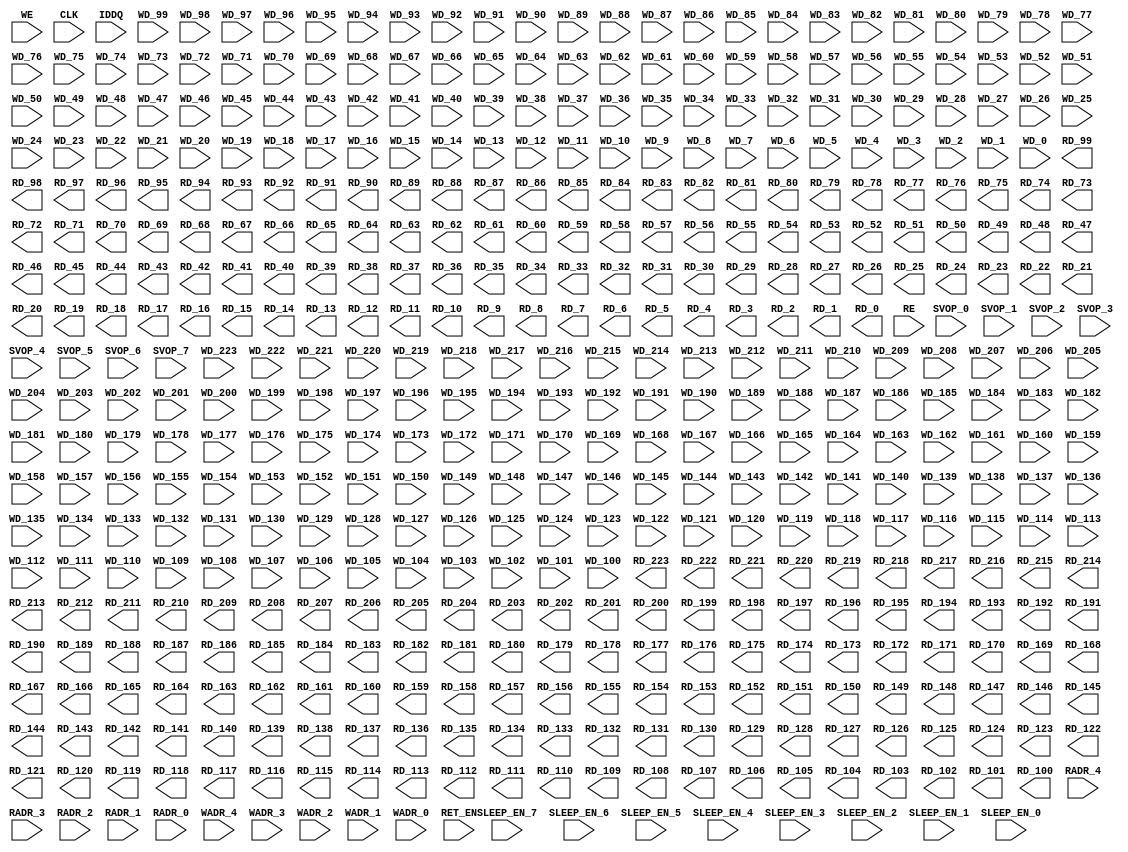
// ================================================================
// NVDLA Open Source Project
//
// Copyright(c) 2016 - 2017 NVIDIA Corporation. Licensed under the
// NVDLA Open Hardware License; Check "LICENSE" which comes with
// this distribution for more information.
// ================================================================
`celldefine
module RAMPDP_32X224_GL_M1_D2 ( WE, CLK, IDDQ, SVOP_0, SVOP_1, SVOP_2, SVOP_3, SVOP_4, SVOP_5, SVOP_6, SVOP_7
,WD_223, WD_222, WD_221, WD_220, WD_219, WD_218, WD_217, WD_216, WD_215, WD_214, WD_213, WD_212, WD_211, WD_210, WD_209, WD_208, WD_207, WD_206, WD_205, WD_204, WD_203, WD_202, WD_201, WD_200, WD_199, WD_198, WD_197, WD_196, WD_195, WD_194, WD_193, WD_192, WD_191, WD_190, WD_189, WD_188, WD_187, WD_186, WD_185, WD_184, WD_183, WD_182, WD_181, WD_180, WD_179, WD_178, WD_177, WD_176, WD_175, WD_174, WD_173, WD_172, WD_171, WD_170, WD_169, WD_168, WD_167, WD_166, WD_165, WD_164, WD_163, WD_162, WD_161, WD_160, WD_159, WD_158, WD_157, WD_156, WD_155, WD_154, WD_153, WD_152, WD_151, WD_150, WD_149, WD_148, WD_147, WD_146, WD_145, WD_144, WD_143, WD_142, WD_141, WD_140, WD_139, WD_138, WD_137, WD_136, WD_135, WD_134, WD_133, WD_132, WD_131, WD_130, WD_129, WD_128, WD_127, WD_126, WD_125, WD_124, WD_123, WD_122, WD_121, WD_120, WD_119, WD_118, WD_117, WD_116, WD_115, WD_114, WD_113, WD_112, WD_111, WD_110, WD_109, WD_108, WD_107, WD_106, WD_105, WD_104, WD_103, WD_102, WD_101, WD_100, WD_99, WD_98, WD_97, WD_96, WD_95, WD_94, WD_93, WD_92, WD_91, WD_90, WD_89, WD_88, WD_87, WD_86, WD_85, WD_84, WD_83, WD_82, WD_81, WD_80, WD_79, WD_78, WD_77, WD_76, WD_75, WD_74, WD_73, WD_72, WD_71, WD_70, WD_69, WD_68, WD_67, WD_66, WD_65, WD_64, WD_63, WD_62, WD_61, WD_60, WD_59, WD_58, WD_57, WD_56, WD_55, WD_54, WD_53, WD_52, WD_51, WD_50, WD_49, WD_48, WD_47, WD_46, WD_45, WD_44, WD_43, WD_42, WD_41, WD_40, WD_39, WD_38, WD_37, WD_36, WD_35, WD_34, WD_33, WD_32, WD_31, WD_30, WD_29, WD_28, WD_27, WD_26, WD_25, WD_24, WD_23, WD_22, WD_21, WD_20, WD_19, WD_18, WD_17, WD_16, WD_15, WD_14, WD_13, WD_12, WD_11, WD_10, WD_9, WD_8, WD_7, WD_6, WD_5, WD_4, WD_3, WD_2, WD_1, WD_0,RD_223, RD_222, RD_221, RD_220, RD_219, RD_218, RD_217, RD_216, RD_215, RD_214, RD_213, RD_212, RD_211, RD_210, RD_209, RD_208, RD_207, RD_206, RD_205, RD_204, RD_203, RD_202, RD_201, RD_200, RD_199, RD_198, RD_197, RD_196, RD_195, RD_194, RD_193, RD_192, RD_191, RD_190, RD_189, RD_188, RD_187, RD_186, RD_185, RD_184, RD_183, RD_182, RD_181, RD_180, RD_179, RD_178, RD_177, RD_176, RD_175, RD_174, RD_173, RD_172, RD_171, RD_170, RD_169, RD_168, RD_167, RD_166, RD_165, RD_164, RD_163, RD_162, RD_161, RD_160, RD_159, RD_158, RD_157, RD_156, RD_155, RD_154, RD_153, RD_152, RD_151, RD_150, RD_149, RD_148, RD_147, RD_146, RD_145, RD_144, RD_143, RD_142, RD_141, RD_140, RD_139, RD_138, RD_137, RD_136, RD_135, RD_134, RD_133, RD_132, RD_131, RD_130, RD_129, RD_128, RD_127, RD_126, RD_125, RD_124, RD_123, RD_122, RD_121, RD_120, RD_119, RD_118, RD_117, RD_116, RD_115, RD_114, RD_113, RD_112, RD_111, RD_110, RD_109, RD_108, RD_107, RD_106, RD_105, RD_104, RD_103, RD_102, RD_101, RD_100, RD_99, RD_98, RD_97, RD_96, RD_95, RD_94, RD_93, RD_92, RD_91, RD_90, RD_89, RD_88, RD_87, RD_86, RD_85, RD_84, RD_83, RD_82, RD_81, RD_80, RD_79, RD_78, RD_77, RD_76, RD_75, RD_74, RD_73, RD_72, RD_71, RD_70, RD_69, RD_68, RD_67, RD_66, RD_65, RD_64, RD_63, RD_62, RD_61, RD_60, RD_59, RD_58, RD_57, RD_56, RD_55, RD_54, RD_53, RD_52, RD_51, RD_50, RD_49, RD_48, RD_47, RD_46, RD_45, RD_44, RD_43, RD_42, RD_41, RD_40, RD_39, RD_38, RD_37, RD_36, RD_35, RD_34, RD_33, RD_32, RD_31, RD_30, RD_29, RD_28, RD_27, RD_26, RD_25, RD_24, RD_23, RD_22, RD_21, RD_20, RD_19, RD_18, RD_17, RD_16, RD_15, RD_14, RD_13, RD_12, RD_11, RD_10, RD_9, RD_8, RD_7, RD_6, RD_5, RD_4, RD_3, RD_2, RD_1, RD_0, RE
, RADR_4, RADR_3, RADR_2, RADR_1, RADR_0, WADR_4, WADR_3, WADR_2, WADR_1, WADR_0, SLEEP_EN_7, SLEEP_EN_6, SLEEP_EN_5, SLEEP_EN_4, SLEEP_EN_3, SLEEP_EN_2, SLEEP_EN_1, SLEEP_EN_0, RET_EN
);
// nvProps NoBus SLEEP_EN_

input IDDQ;
// Clock port
input CLK;
// SVOP ports
input SVOP_0, SVOP_1, SVOP_2, SVOP_3, SVOP_4, SVOP_5, SVOP_6, SVOP_7;
// Write data ports
input WD_223, WD_222, WD_221, WD_220, WD_219, WD_218, WD_217, WD_216, WD_215, WD_214, WD_213, WD_212, WD_211, WD_210, WD_209, WD_208, WD_207, WD_206, WD_205, WD_204, WD_203, WD_202, WD_201, WD_200, WD_199, WD_198, WD_197, WD_196, WD_195, WD_194, WD_193, WD_192, WD_191, WD_190, WD_189, WD_188, WD_187, WD_186, WD_185, WD_184, WD_183, WD_182, WD_181, WD_180, WD_179, WD_178, WD_177, WD_176, WD_175, WD_174, WD_173, WD_172, WD_171, WD_170, WD_169, WD_168, WD_167, WD_166, WD_165, WD_164, WD_163, WD_162, WD_161, WD_160, WD_159, WD_158, WD_157, WD_156, WD_155, WD_154, WD_153, WD_152, WD_151, WD_150, WD_149, WD_148, WD_147, WD_146, WD_145, WD_144, WD_143, WD_142, WD_141, WD_140, WD_139, WD_138, WD_137, WD_136, WD_135, WD_134, WD_133, WD_132, WD_131, WD_130, WD_129, WD_128, WD_127, WD_126, WD_125, WD_124, WD_123, WD_122, WD_121, WD_120, WD_119, WD_118, WD_117, WD_116, WD_115, WD_114, WD_113, WD_112, WD_111, WD_110, WD_109, WD_108, WD_107, WD_106, WD_105, WD_104, WD_103, WD_102, WD_101, WD_100, WD_99, WD_98, WD_97, WD_96, WD_95, WD_94, WD_93, WD_92, WD_91, WD_90, WD_89, WD_88, WD_87, WD_86, WD_85, WD_84, WD_83, WD_82, WD_81, WD_80, WD_79, WD_78, WD_77, WD_76, WD_75, WD_74, WD_73, WD_72, WD_71, WD_70, WD_69, WD_68, WD_67, WD_66, WD_65, WD_64, WD_63, WD_62, WD_61, WD_60, WD_59, WD_58, WD_57, WD_56, WD_55, WD_54, WD_53, WD_52, WD_51, WD_50, WD_49, WD_48, WD_47, WD_46, WD_45, WD_44, WD_43, WD_42, WD_41, WD_40, WD_39, WD_38, WD_37, WD_36, WD_35, WD_34, WD_33, WD_32, WD_31, WD_30, WD_29, WD_28, WD_27, WD_26, WD_25, WD_24, WD_23, WD_22, WD_21, WD_20, WD_19, WD_18, WD_17, WD_16, WD_15, WD_14, WD_13, WD_12, WD_11, WD_10, WD_9, WD_8, WD_7, WD_6, WD_5, WD_4, WD_3, WD_2, WD_1, WD_0;
// Read data ports
output RD_223, RD_222, RD_221, RD_220, RD_219, RD_218, RD_217, RD_216, RD_215, RD_214, RD_213, RD_212, RD_211, RD_210, RD_209, RD_208, RD_207, RD_206, RD_205, RD_204, RD_203, RD_202, RD_201, RD_200, RD_199, RD_198, RD_197, RD_196, RD_195, RD_194, RD_193, RD_192, RD_191, RD_190, RD_189, RD_188, RD_187, RD_186, RD_185, RD_184, RD_183, RD_182, RD_181, RD_180, RD_179, RD_178, RD_177, RD_176, RD_175, RD_174, RD_173, RD_172, RD_171, RD_170, RD_169, RD_168, RD_167, RD_166, RD_165, RD_164, RD_163, RD_162, RD_161, RD_160, RD_159, RD_158, RD_157, RD_156, RD_155, RD_154, RD_153, RD_152, RD_151, RD_150, RD_149, RD_148, RD_147, RD_146, RD_145, RD_144, RD_143, RD_142, RD_141, RD_140, RD_139, RD_138, RD_137, RD_136, RD_135, RD_134, RD_133, RD_132, RD_131, RD_130, RD_129, RD_128, RD_127, RD_126, RD_125, RD_124, RD_123, RD_122, RD_121, RD_120, RD_119, RD_118, RD_117, RD_116, RD_115, RD_114, RD_113, RD_112, RD_111, RD_110, RD_109, RD_108, RD_107, RD_106, RD_105, RD_104, RD_103, RD_102, RD_101, RD_100, RD_99, RD_98, RD_97, RD_96, RD_95, RD_94, RD_93, RD_92, RD_91, RD_90, RD_89, RD_88, RD_87, RD_86, RD_85, RD_84, RD_83, RD_82, RD_81, RD_80, RD_79, RD_78, RD_77, RD_76, RD_75, RD_74, RD_73, RD_72, RD_71, RD_70, RD_69, RD_68, RD_67, RD_66, RD_65, RD_64, RD_63, RD_62, RD_61, RD_60, RD_59, RD_58, RD_57, RD_56, RD_55, RD_54, RD_53, RD_52, RD_51, RD_50, RD_49, RD_48, RD_47, RD_46, RD_45, RD_44, RD_43, RD_42, RD_41, RD_40, RD_39, RD_38, RD_37, RD_36, RD_35, RD_34, RD_33, RD_32, RD_31, RD_30, RD_29, RD_28, RD_27, RD_26, RD_25, RD_24, RD_23, RD_22, RD_21, RD_20, RD_19, RD_18, RD_17, RD_16, RD_15, RD_14, RD_13, RD_12, RD_11, RD_10, RD_9, RD_8, RD_7, RD_6, RD_5, RD_4, RD_3, RD_2, RD_1, RD_0;
// Read enable ports
input RE;
// Write enable ports
input WE;
// Read address ports
input RADR_4, RADR_3, RADR_2, RADR_1, RADR_0;
// Write address ports
input WADR_4, WADR_3, WADR_2, WADR_1, WADR_0;
// PG Zone enables
input SLEEP_EN_0, SLEEP_EN_1, SLEEP_EN_2, SLEEP_EN_3, SLEEP_EN_4, SLEEP_EN_5, SLEEP_EN_6, SLEEP_EN_7, RET_EN;

endmodule
`endcelldefine